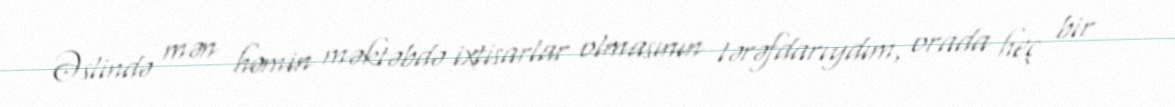
Əslində mən həmin məktəbdə ixtisarlar olmasının tərəfdarıydım, orada heç bir